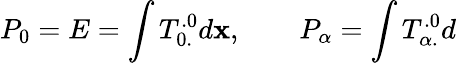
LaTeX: P_{0}=E=\int T_{0.}^{.0}d{\mathbf x},\qquad P_{\alpha}=\int T_{\alpha.}^{.0}d